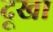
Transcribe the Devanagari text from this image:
दूखा